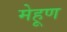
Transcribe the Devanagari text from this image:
मेहूण